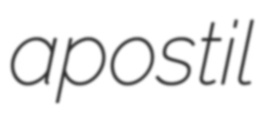
apostil